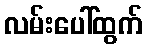
လမ်းပေါ်ထွက်